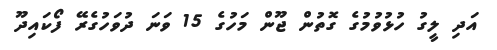
އަދި ލީގު ހުޅުވުމުގެ ގޮތުން ޖޫން މަހުގެ 15 ވަނަ ދުވަހުގެރޭ ފޯކައިދޫ